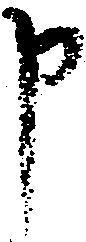
申